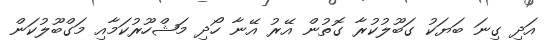
އަދި ގިނަ ބަޔަކު ގަބޫލުކުރާ ގޮތުން އޭރު އޭނާ ހޯދި މަޝްހޫރުކަމާއި މަގްބޫލުކަން